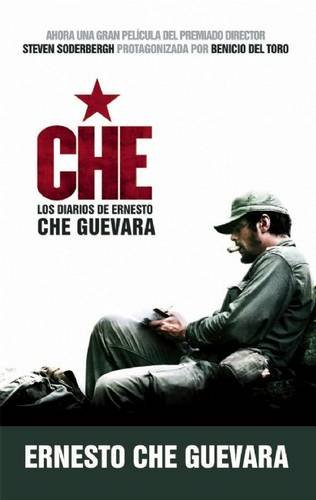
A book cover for Che - Los Diarios de Ernesto Che Guevara: El libro de la pelicula sobre la vida del Che Guevara (Spanish Edition); Ernesto Che Guevara; Biographies & Memoirs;